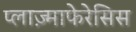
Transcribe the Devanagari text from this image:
प्लाज़्माफेरेसिस